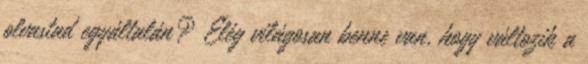
olvastad egyáltalán? Elég világosan benne van, hogy változik a